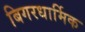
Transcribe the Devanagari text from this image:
बिगरधार्मिक